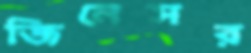
জিনেসর